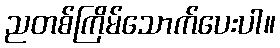
ညတစ်ကြိမ်သောက်ပေးပါ။